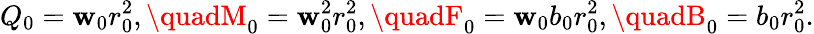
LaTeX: Q_{0}=\mathbf{w}_{0}r_{0}^{2},\quadM_{0}=\mathbf{w}_{0}^{2}r_{0}^{2},\quadF_{0}=\mathbf{w}_{0}b_{0}r_{0}^{2},\quadB_{0}=b_{0}r_{0}^{2}.